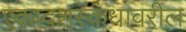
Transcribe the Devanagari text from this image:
एकादशस्कंधावरील